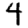
Digit: 4